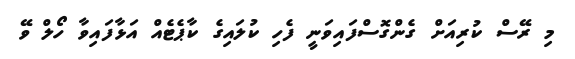
މި ރޭސް ކުރިއަށް ގެންގޮސްފައިވަނީ ފެހި ކުލައިގެ ކާޕެޓެއް އަޅާފައިވާ ހޯލް ވޭ